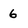
Character: 6